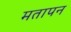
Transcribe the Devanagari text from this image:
मतापन